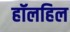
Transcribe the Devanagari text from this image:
हॉलहिल